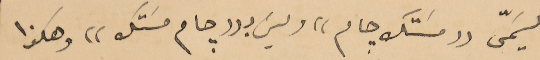
يسَمّى ((مسَتك جام) وليسَ بـ ((جام مسَتك)) وهكذا